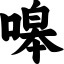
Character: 嗥